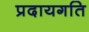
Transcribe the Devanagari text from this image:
प्रदायगति